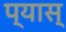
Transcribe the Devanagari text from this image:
प्यास्